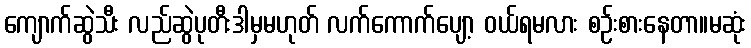
ကျောက်ဆွဲသီး လည်ဆွဲပုတီးဒါမှမဟုတ် လက်ကောက်ပျော့ ဝယ်ရမလား စဉ်းစားနေတာ။မဆုံး